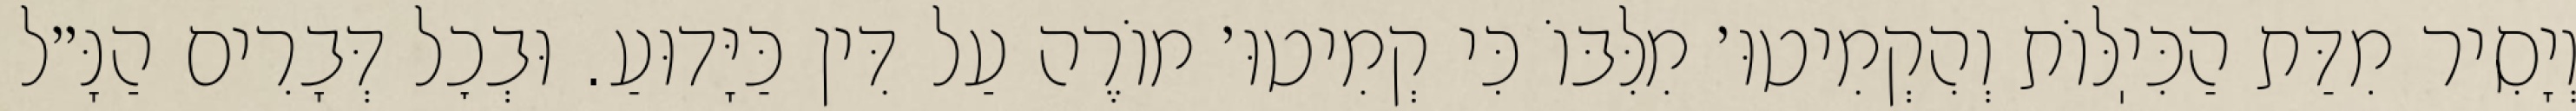
וְיָסִיר מִדַּת הַכִּיֽלּוֹת וְהִקְמִיטוּ׳ מִלִּבּוֹ כִּי קְמִיטוּ׳ מוֹרֶה עַל דִּין כַּיָּדוּעַ. וּבְכׇל דְּבָרִים הַנָּ״ל